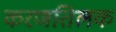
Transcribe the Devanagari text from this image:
करणतिलक